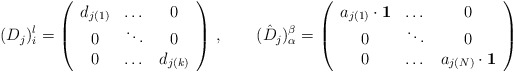
\begin{align*}(D_{j})_{i}^{l} = \left( \begin{array}{ccc} d_{j(1)}& \dots & 0 \\0 & \ddots & 0 \\0 & \dots & d_{j(k)} \end{array} \right) \, , \qquad (\hat D_{j})_{\alpha}^{\beta} = \left( \begin{array}{ccc} a_{j(1)}\cdot {\bf 1}& \dots & 0 \\0 & \ddots & 0 \\0 & \dots & a_{j(N)} \cdot {\bf 1} \end{array} \right)\end{align*}